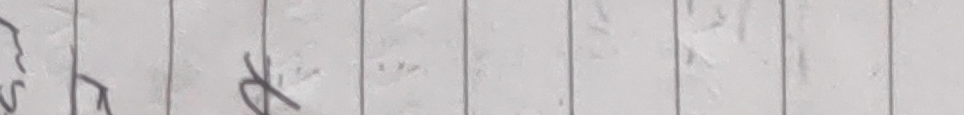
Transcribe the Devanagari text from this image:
सु रु